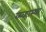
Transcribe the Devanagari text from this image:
व्य्व्हास्था